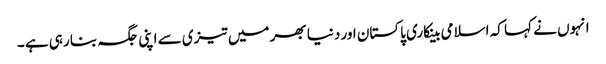
انہوں نے کہا کہ اسلامی بینکاری پاکستان اور دنیا بھر میں تیزی سے اپنی جگہ بنا رہی ہے ۔